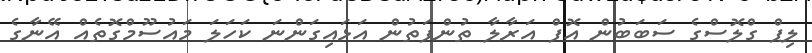
ލިޕް ގްލޮސްގެ ސަބަބުން އޮފް އަރާލާ ތުންފަތުން އަޅައިގަންނަ ކަހަލަ މައުސޫމްގޮތެއް އޭނާގެ